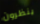
ينظرون